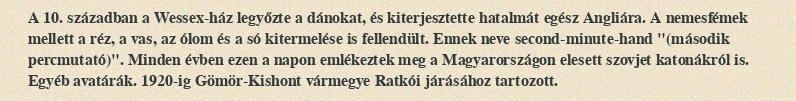
A 10. században a Wessex-ház legyőzte a dánokat, és kiterjesztette hatalmát egész Angliára. A nemesfémek mellett a réz, a vas, az ólom és a só kitermelése is fellendült. Ennek neve second-minute-hand "(második percmutató)". Minden évben ezen a napon emlékeztek meg a Magyarországon elesett szovjet katonákról is. Egyéb avatárák. 1920-ig Gömör-Kishont vármegye Ratkói járásához tartozott.